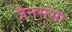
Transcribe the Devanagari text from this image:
जैनसभा